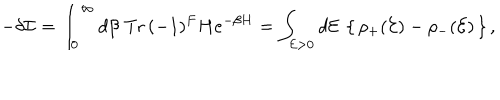
- \delta { \cal I } = \int _ { 0 } ^ { \infty } d \beta \; \mathrm { T r } \, ( - 1 ) ^ { F } H e ^ { - \beta H } = \int _ { { \cal E } > 0 } d { \cal E } \: \left\{ \, \rho _ { + } ( { \cal E } ) - \rho _ { - } ( { \cal E } ) \, \right\} ,